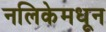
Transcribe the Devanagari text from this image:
नलिकेमधून